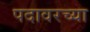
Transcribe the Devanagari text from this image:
पदावरच्या